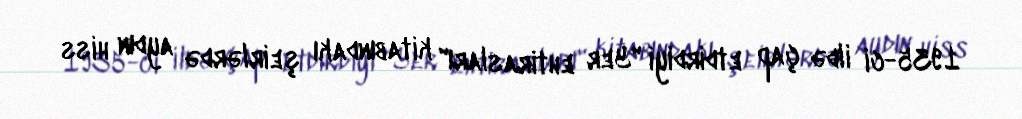
1935-ci ildə çap etdirdiyi "Yer ehtirasları" kitabındakı şeirlərdə aydın hiss